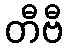
တီဗီ